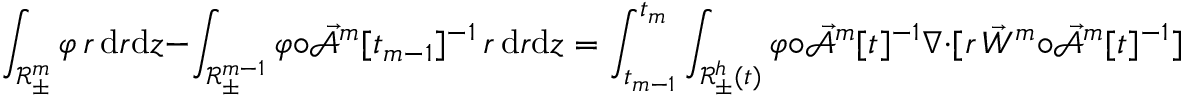
\int _ { \mathscr { R } _ { \pm } ^ { m } } \varphi \, r \, \mathrm { d } r \mathrm { d } z - \int _ { \mathscr { R } _ { \pm } ^ { m - 1 } } \varphi \circ \mathcal { \vec { A } } ^ { m } [ t _ { m - 1 } ] ^ { - 1 } \, r \, \mathrm { d } r \mathrm { d } z = \int _ { t _ { m - 1 } } ^ { t _ { m } } \int _ { \mathscr { R } _ { \pm } ^ { h } ( t ) } \varphi \circ \mathcal { \vec { A } } ^ { m } [ t ] ^ { - 1 } \nabla \cdot [ r \, \vec { W } ^ { m } \circ \mathcal { \vec { A } } ^ { m } [ t ] ^ { - 1 } ] \, \mathrm { d } r \mathrm { d } z \mathrm { d } t .